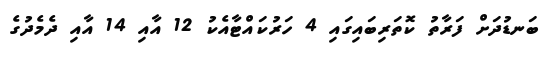
ބަނޑުދަށް ފަރާތު ކޮތަރިބައިގައި 4 ހަރުކައްޓާއެކު 12 އާއި 14 އާއި ދެމެދުގެ